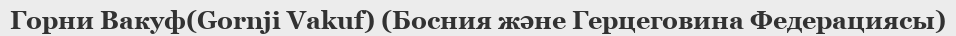
Горни Вакуф(Gornji Vakuf) (Босния және Герцеговина Федерациясы)